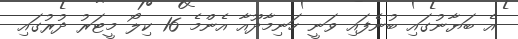
އެ ބަޔާނުގައި ބުނެފައި ވަނީ ހަނިމާދޫއާ އެންމެ 16 ކިލޯ މީޓަރު ދުރުގައި